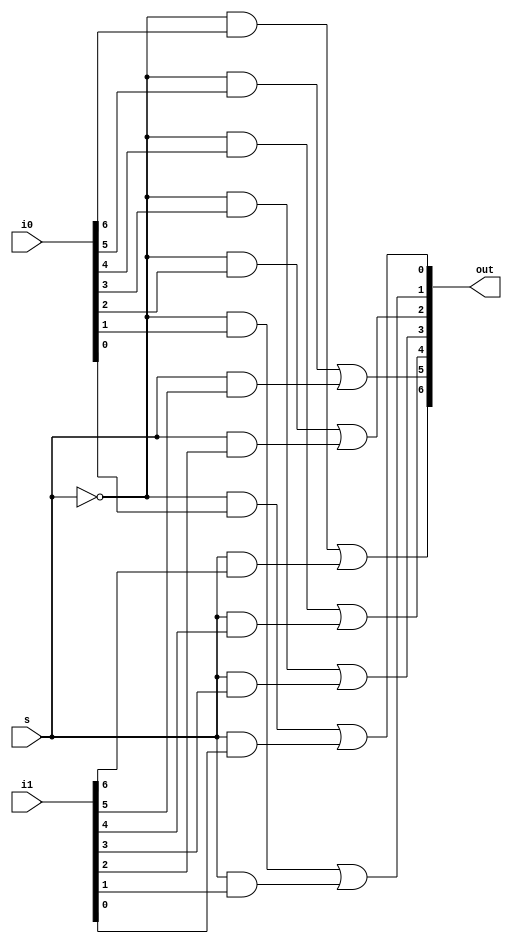
/* ------------------------------------------------------ *
 * Project     : Digital Clock                            *
 * Module      : mux_2_to_1_7bit                          *
 * ------------------------------------------------------ *
 * Last Edit   : 25/05/2021                               *
 * ------------------------------------------------------ *
 * Description : Creates a 7-bit input and output 2:1 MUX *			    *
 * ------------------------------------------------------ */


// a 2 : 1 mux is nothing but I0.S' + I1.S.

module mux_2_to_1_7bit (input s,
                        input [0:6]i0,
                        input [0:6]i1,

                        output [0:6]out);


wire s_bar;
wire [0:6] t0;
wire [0:6] t1;

not Gs (s_bar,s);

and G00 (t0[0], s_bar, i0[0]),
    G10 (t1[0], s,     i1[0]),

    G01 (t0[1], s_bar, i0[1]),
    G11 (t1[1], s,     i1[1]),

    G02 (t0[2], s_bar, i0[2]),
    G12 (t1[2], s,     i1[2]),

    G03 (t0[3], s_bar, i0[3]),
    G13 (t1[3], s,     i1[3]),

    G04 (t0[4], s_bar, i0[4]),
    G14 (t1[4], s,     i1[4]),

    G05 (t0[5], s_bar, i0[5]),
    G15 (t1[5], s,     i1[5]),

    G06 (t0[6], s_bar, i0[6]),
    G16 (t1[6], s,     i1[6]);

or G_out0 (out[0], t0[0], t1[0]),
   G_out1 (out[1], t0[1], t1[1]),
   G_out2 (out[2], t0[2], t1[2]),
   G_out3 (out[3], t0[3], t1[3]),
   G_out4 (out[4], t0[4], t1[4]),
   G_out5 (out[5], t0[5], t1[5]),
   G_out6 (out[6], t0[6], t1[6]);

endmodule